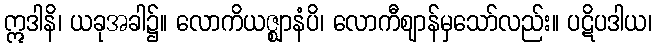
ဣဒါနိ၊ ယခုအခါ၌။ လောကိယဇ္ဈာနံပိ၊ လောကီဈာန်မှသော်လည်း။ ပဋိပဒါယ၊